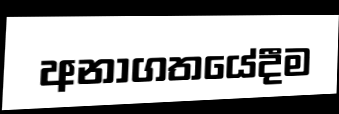
අනාගතයේදීම